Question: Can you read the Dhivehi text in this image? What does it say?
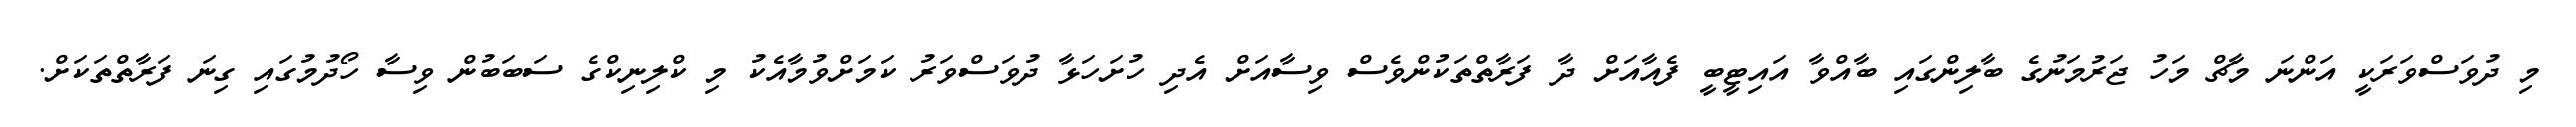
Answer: މި ދުވަސްވަރަކީ އަންނަ މާޗް މަހު ޖަރުމަނުގެ ބާލިންގައި ބާއްވާ އައިޓީބީ ފެއާއަށް ދާ ފަރާތްތަކުންވެސް ވިސާއަށް އެދި ހުށަހަޅާ ދުވަސްވަރު ކަމަށްވުމާއެކު މި ކްލިނިކްގެ ސަބަބުން ވިސާ ހޯދުމުގައި ގިނަ ފަރާތްތަކަށް.